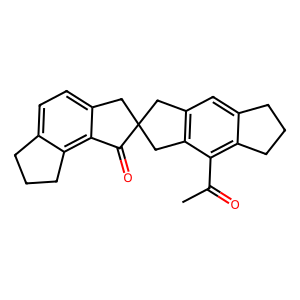
SMILES: CC(=O)c1c2c(cc3c1CC1(C3)Cc3ccc4c(c3C1=O)CCC4)CCC2
Inhibits HIV replication: No